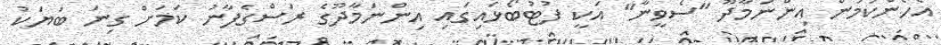
އެހެންކަމުން އިންނަމާދޫ "ސެވީނާ" އަކީ ފުޓުބޯޅައިގައި އިންނަމާދޫގެ ރަސްގެފާނު ކަމަށް ގިނަ ބަޔަކު